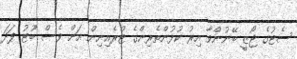
ސެޓުގެ ޖޯޒީ ބޭނުންވާ އިރު ކުޅުންތެރިންގެ ޓްރެއިނިން އަށް ވެސް ބޫޓު ފަދަ